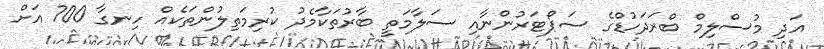
އަދި މުސްލިމް ބްރަދަހުޑްގެ ސަޕޯޓަރުންނާއި ސަލާމަތީ ބާރުތަކާމެދު ކުރިމަތިލުންތަކެއް ހިނގާ 700 އަށް